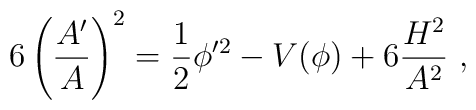
6 \left({A' \over A}\right)^2={1 \over 2} \phi'^2- V(\phi)+6{ H^2\over A^2} \ ,